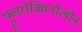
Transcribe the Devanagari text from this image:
फ्लूरोक्विनोलोन